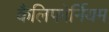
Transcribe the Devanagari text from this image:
कैलिफोर्नियम